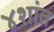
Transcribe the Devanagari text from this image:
४शांत